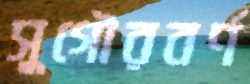
সুগৌরবর্ণ